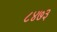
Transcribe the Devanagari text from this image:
८४७३